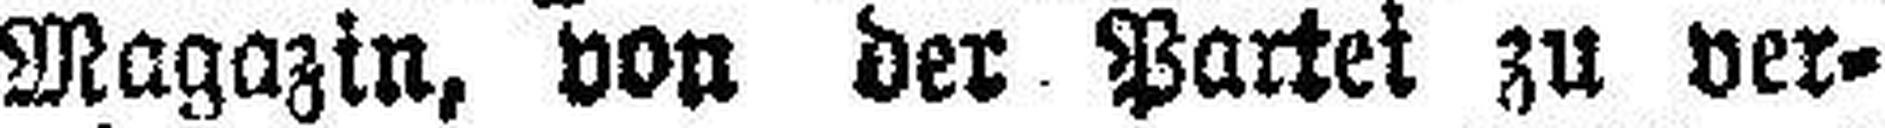
Magazin, von der Partei zu ver¬